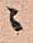
ニ